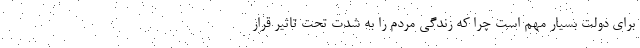
برای دولت بسیار مهم است چرا که زندگی مردم را به شدت تحت تاثیر قرار